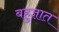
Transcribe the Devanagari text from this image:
बहुज्ञात